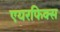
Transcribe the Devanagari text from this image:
एयरफिक्स